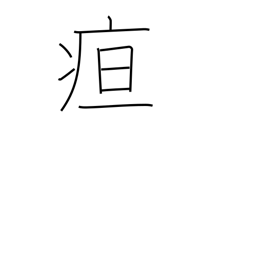
Meaning: jaundice